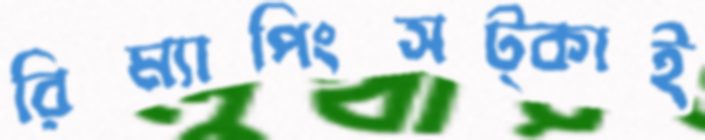
রিম্যাপিংসট্‌কাই